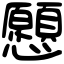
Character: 𢥧